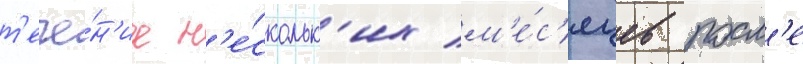
т'ече́н'ие н'е́скольк'их м'е́с'яцев посл'е